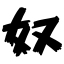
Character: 奴